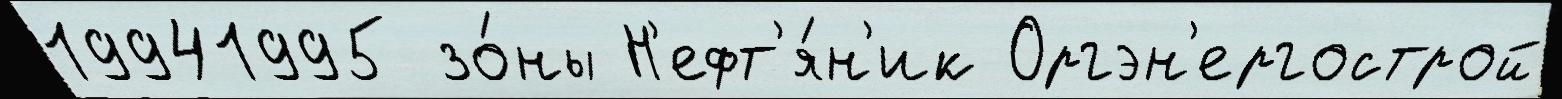
19941995 зо́ны Н'ефт'я́н'ик Оргэн'ергострой